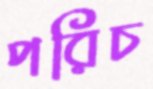
পরিচ